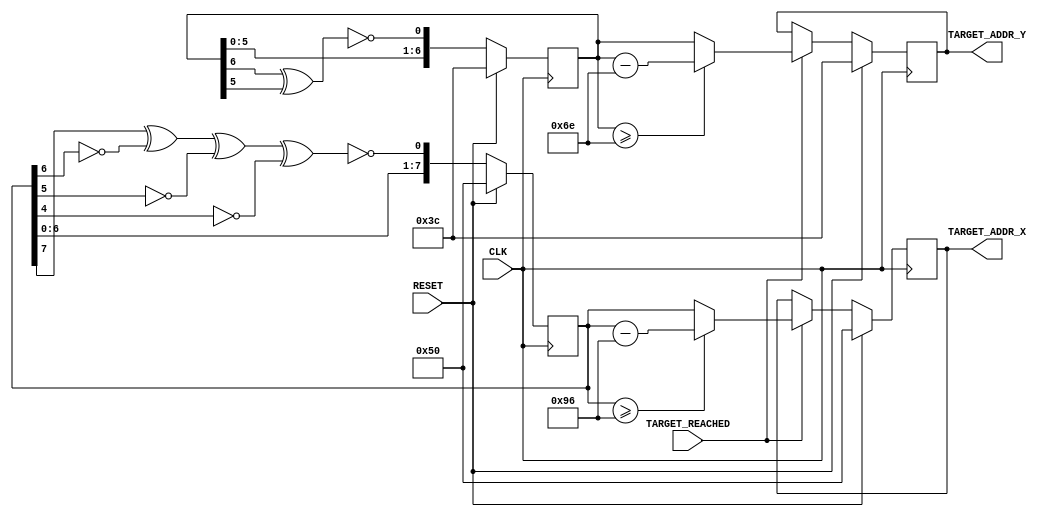
`timescale 1ns / 1ps
//////////////////////////////////////////////////////////////////////////////////
// Company: 
// Engineer: 
// 
// Design Name: 
// Module Name: Target_Gen
// Project Name: 
// Target Devices: 
// Tool Versions: 
// Description: Generates a new target randomly each time a target is ate
// 
// Dependencies: Snake_Ctrl
// 
// Revision:
// Revision 0.01 - File Created
// Additional Comments:
// 
//////////////////////////////////////////////////////////////////////////////////


module Target_Gen(
    input CLK,
    input RESET,
    input TARGET_REACHED,
    output reg [7:0] TARGET_ADDR_X,
    output reg [6:0] TARGET_ADDR_Y
    );
    
    reg [6:0] lfsr7_out = 7'd60;
    reg [7:0] lfsr8_out = 8'd80;
    
    // Constants for screen dimensions
    parameter SCREEN_WIDTH = 150;
    parameter SCREEN_HEIGHT = 110;
    
    always@(posedge CLK) begin
    // If reset, gives lfsr initial values
        if(RESET) begin    
            lfsr7_out <= 7'd60;
            lfsr8_out <= 8'd80;
        end
    // Else for the 7 bits lfsr, XNOR the 5th end 6th bits
    // For the 8 bits lfsr XNOR the 4th, 5th, 6th and 7th bits
        else begin
            lfsr7_out <= {lfsr7_out[5:0], (~(lfsr7_out[6]^lfsr7_out[5]))};
            lfsr8_out <= {lfsr8_out[6:0], ~(lfsr8_out[7]^(~lfsr8_out[6])^(~lfsr8_out[5])^(~lfsr8_out[4]))};
        end
    end
    
    always@(posedge CLK) begin
        if(RESET) begin
        // If reset, target address takes initial values (in this case, the middle of the screen)
            TARGET_ADDR_X <= 8'd80; 
            TARGET_ADDR_Y <= 7'd60;
        end
        else begin
        // Is the target if ate, the target is generated at a new position. Verify that this
        // new position is within the screens display
            if(TARGET_REACHED) begin
                TARGET_ADDR_X <= (lfsr8_out >= SCREEN_WIDTH) ? (lfsr8_out - SCREEN_WIDTH) : lfsr8_out; 
                TARGET_ADDR_Y <= (lfsr7_out >= SCREEN_HEIGHT) ? (lfsr7_out - SCREEN_HEIGHT) : lfsr7_out;
            end
        end
    end
endmodule